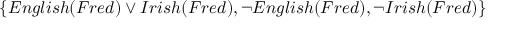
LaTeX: \{ E n g l i s h ( F r e d ) \vee I r i s h ( F r e d ) , \neg E n g l i s h ( F r e d ) , \neg I r i s h ( F r e d ) \}